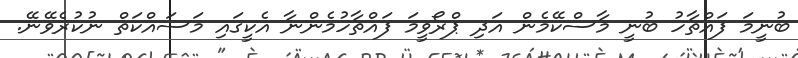
ބުނީމަ ފައްތާހު ބުނީ މާސްކޭމެން އަދި ޕްރޯވީމަ ފައްތާހުމެންނާ އެކީގައި މަސައްކަތް ނުކުރެވޭނޭ.